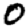
Digit: 0